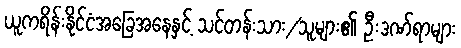
ယူကရိန်းနိုင်ငံအခြေအနေနှင့် သင်တန်းသား/သူများ၏ ဦးဒဏ်ရာများ